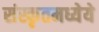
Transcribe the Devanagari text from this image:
संस्कृतमध्येये